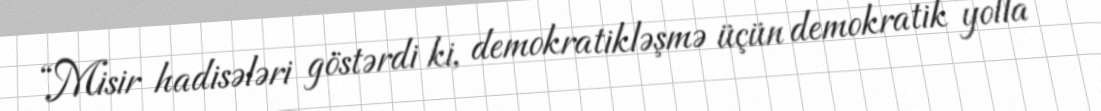
“Misir hadisələri göstərdi ki, demokratikləşmə üçün demokratik yolla